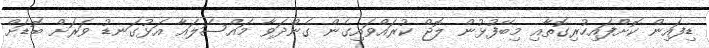
ޑިފައިން ކޮށްފައިހުރިގޮތާއި މިބޭފުޅުން ލޮޖް ކުރައްވައިގެން ގެންދަވާ މައްސަލައާ އަޅުގަނޑު ވަރަށް ބޮޑަށް